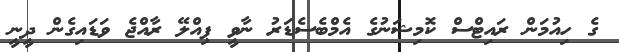
ގެ ހިއުމަން ރައިޓްސް ކޮމިޝަނުގެ އެމްބެސެޑަރު ނާވީ ޕިއްލޭ ރާއްޖެ ވަޑައިގެން ދީނީ